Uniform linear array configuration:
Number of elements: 4
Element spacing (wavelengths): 0.25
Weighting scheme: hamming
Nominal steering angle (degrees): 0
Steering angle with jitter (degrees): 1.684
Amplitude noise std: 0.05
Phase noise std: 0.05

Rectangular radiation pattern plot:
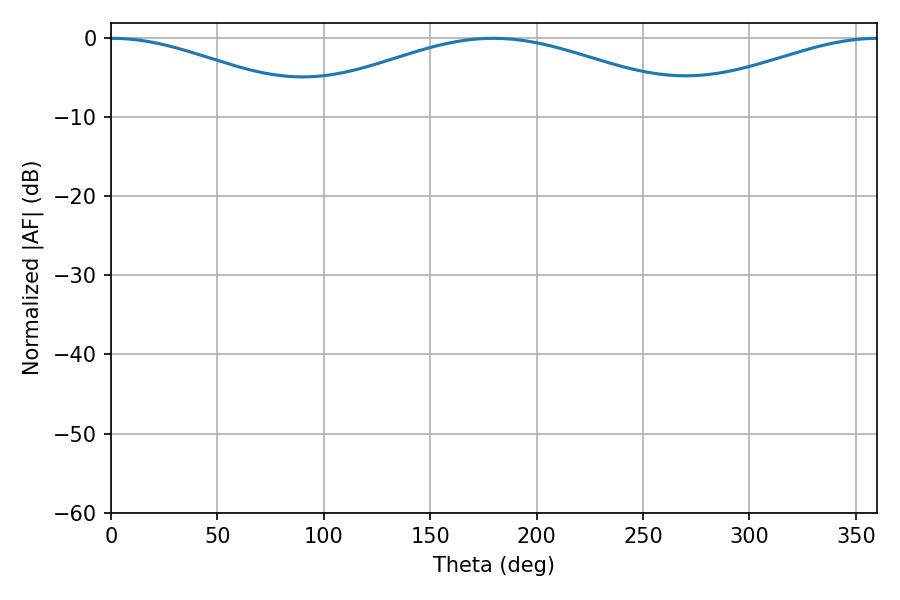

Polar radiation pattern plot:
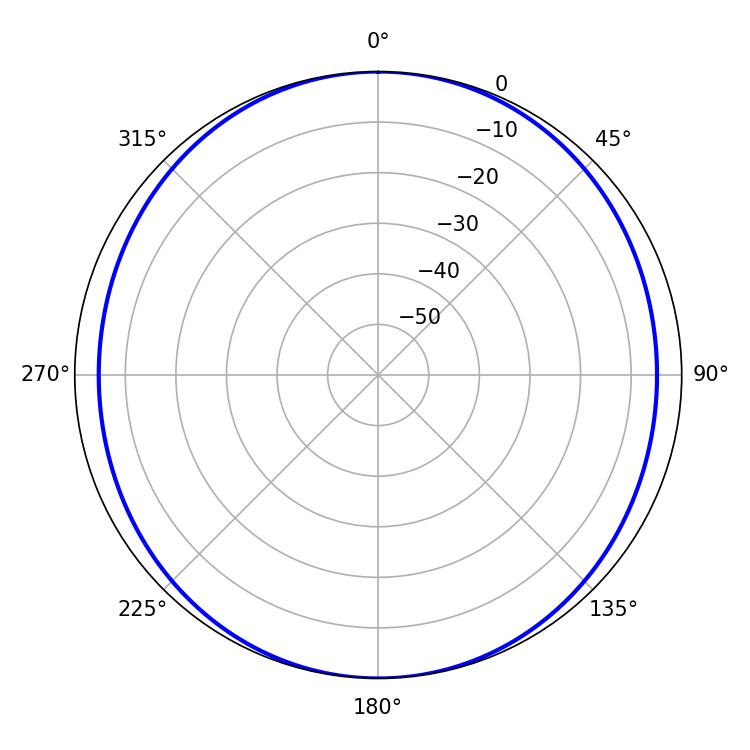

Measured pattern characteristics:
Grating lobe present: FALSE
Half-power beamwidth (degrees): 105.12
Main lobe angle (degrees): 179.64